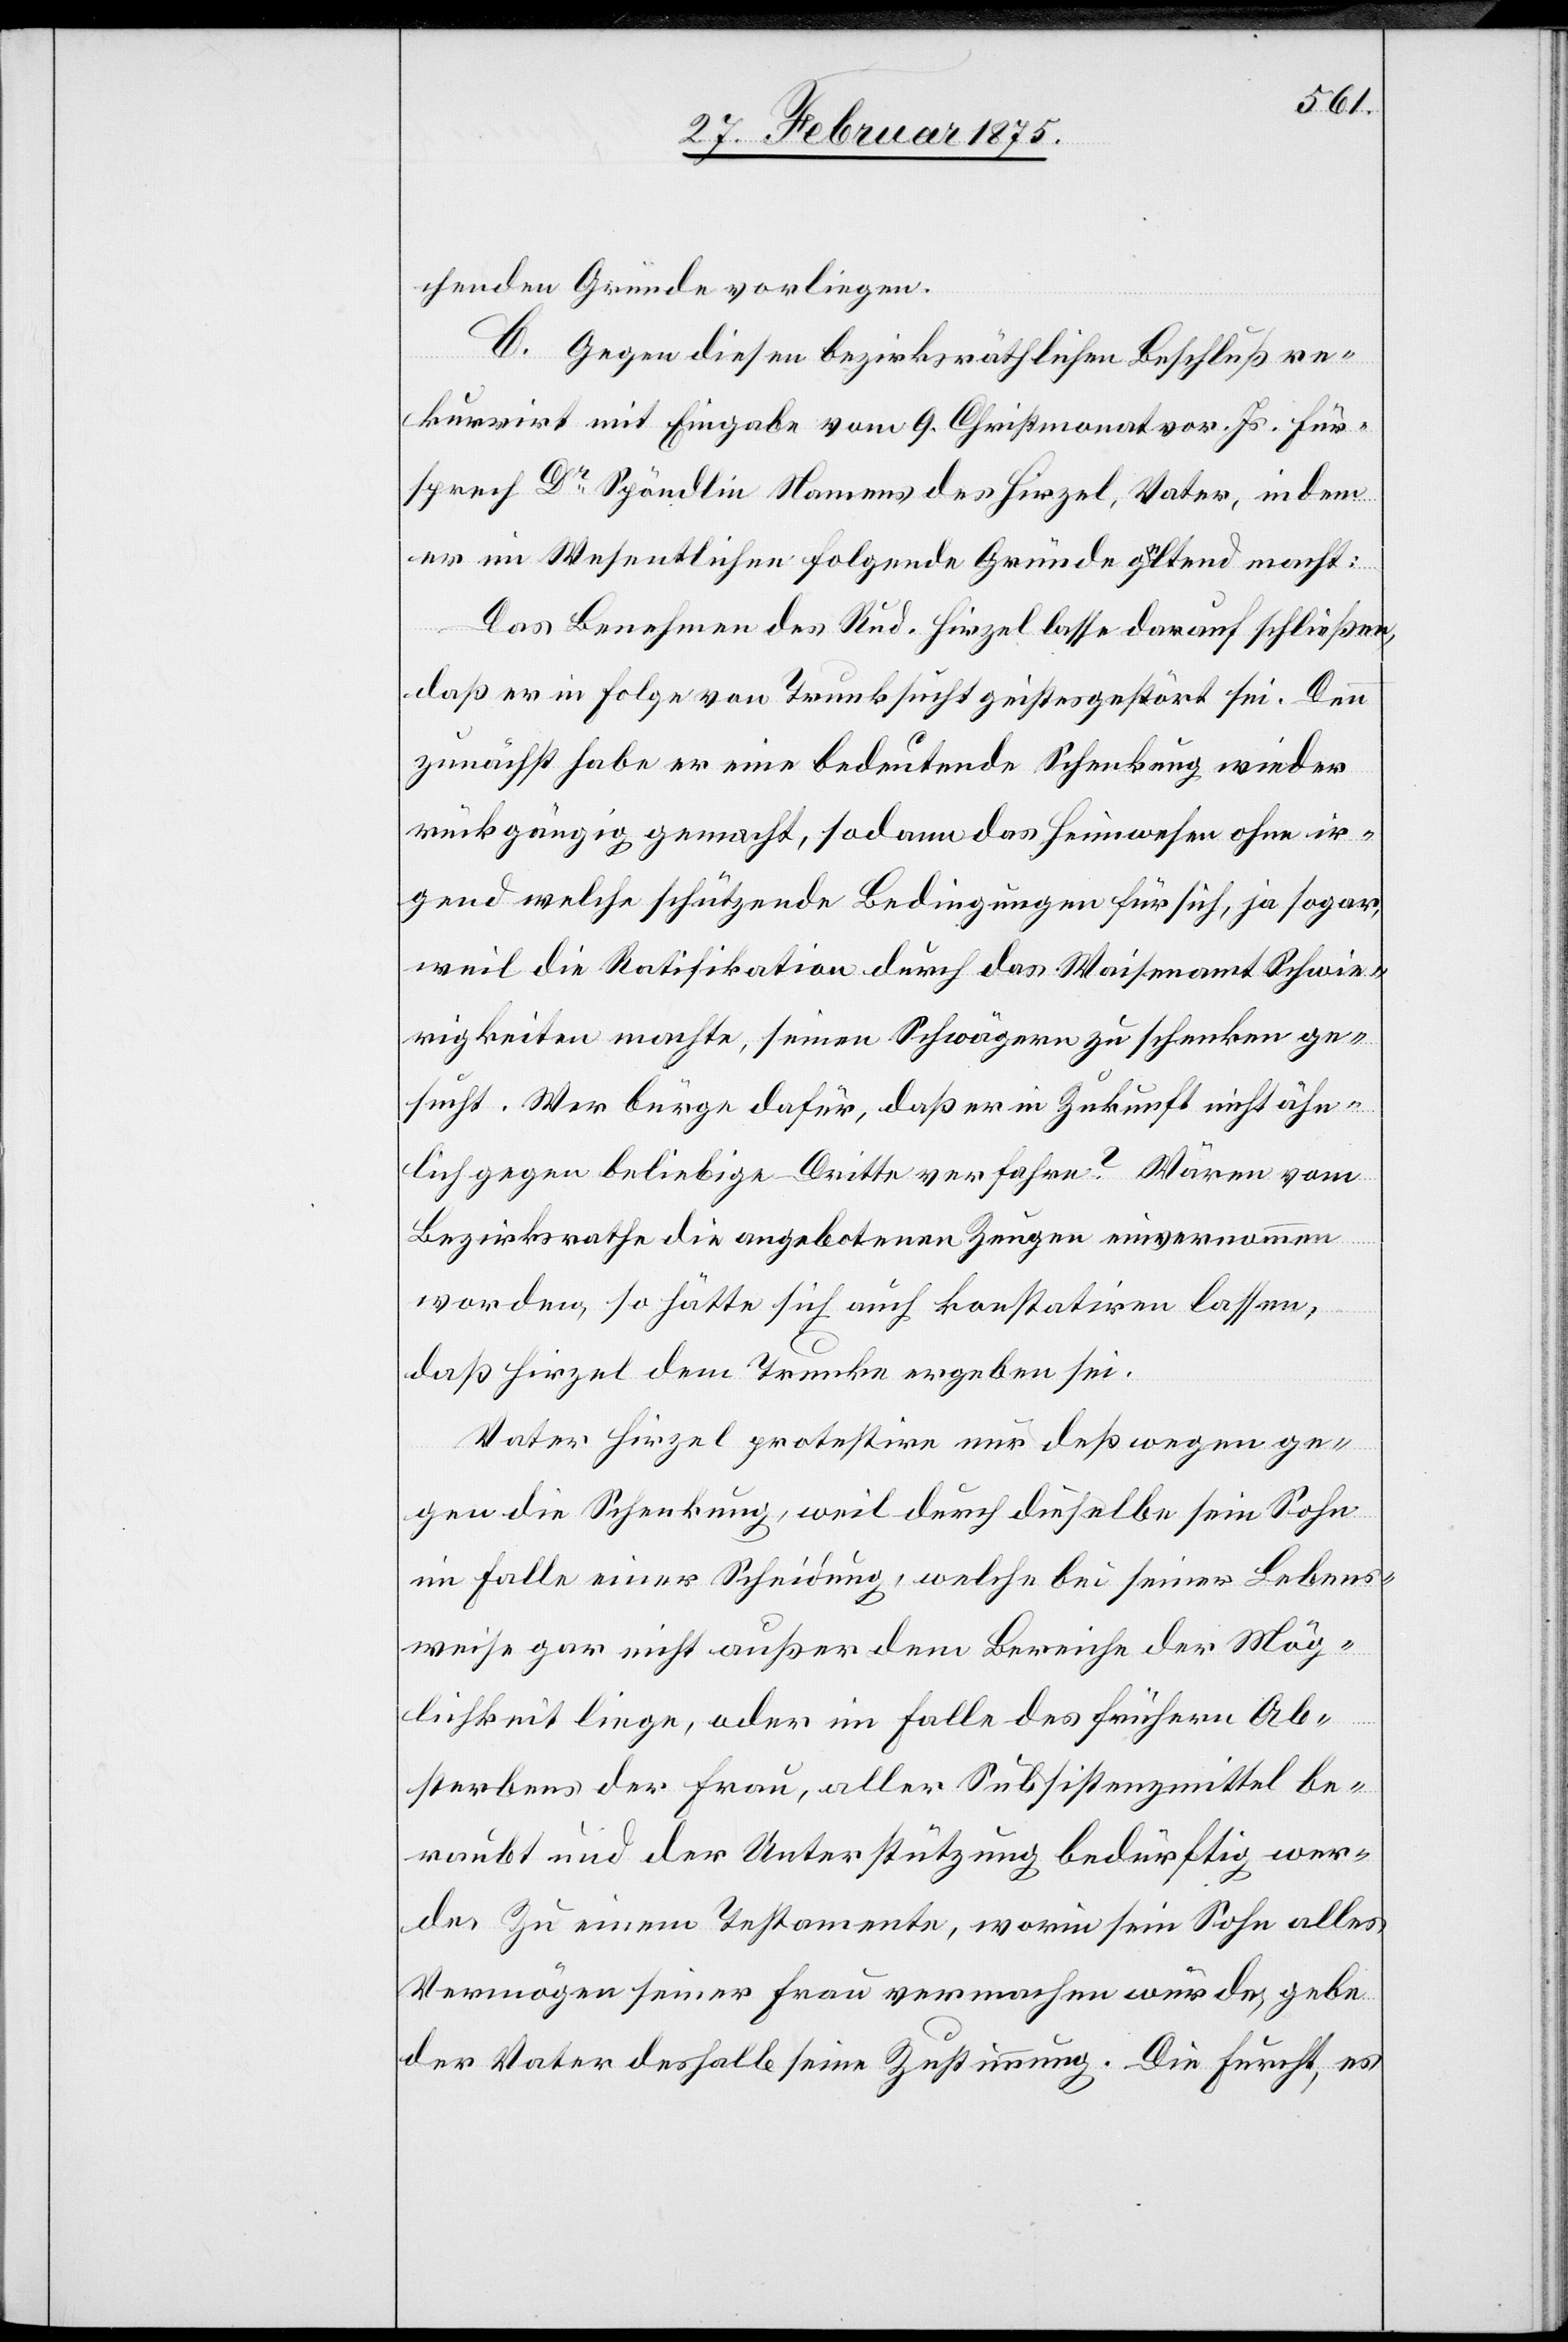
chenden Gründe vorliegen.
C. Gegen diesen bezirksräthlichen Beschluß re¬
kurrirt mit Eingabe vom 9. Christmonat vor. Js. Für¬
sprech Dr Spöndlin Namens des Hirzel, Vater, in dem
er im Wesentlichen folgende Gründe geltend macht:
Das Benehmen des Rud. Hirzel lasse darauf schließen,
daß er in Folge von Trunksucht geistesgestört sei. Denn
zunächst habe er eine bedeutende Schenkung wieder
rückgängig gemacht, sodann das Heimwesen ohne ir¬
gend welche schützende Bedingungen für sich, ja sogar,
weil die Ratifikation durch das Waisenamt Schwie¬
rigkeiten machte, seinen Schwägern zu schenken ge¬
sucht. Wer bürge dafür, daß er in Zukunft nicht ähn¬
lich gegen beliebige Dritte verfahre? Wären vom
Bezirksrathe die angebotenen Zeugen einvernommen
worden, so hätte sich auch konstatiren lassen,
daß Hirzel dem Trunke ergeben sei.
Vater Hirzel protestire nur deswegen ge¬
gen die Schenkung, weil durch dieselbe sein Sohn
im Falle einer Scheidung, welche bei seiner Lebens¬
weise gar nicht außer dem Bereiche der Mög¬
lichkeit liege, oder im Falle des frühern Ab¬
sterbens der Frau, aller Subsistenzmittel be¬
raubt und der Unterstützung bedürftig wer¬
de. Zu einem Testamente, worin sein Sohn alles
Vermögen seiner Frau vermachen würde, gebe
der Vater deshalb seine Zustimmung. Die Furcht, es